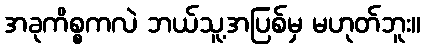
အခုကိစ္စကလဲ ဘယ်သူ့အပြစ်မှ မဟုတ်ဘူး။